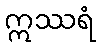
ဣဿရံ